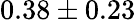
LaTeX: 0.38\pm 0.23